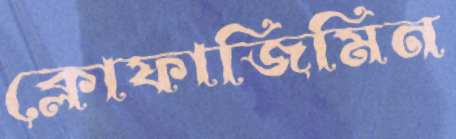
ক্লোফাজিমিন